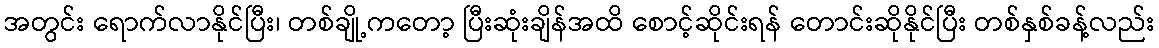
အတွင်း ရောက်လာနိုင်ပြီး၊ တစ်ချို့ကတော့ ပြီးဆုံးချိန်အထိ စောင့်ဆိုင်းရန် တောင်းဆိုနိုင်ပြီး တစ်နှစ်ခန့်လည်း